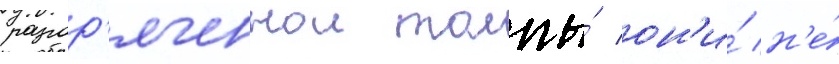
разгор'яченнои толпы́ он'и́ н'е́